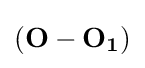
(\mathbf {O} -\mathbf {O_{1}} )